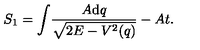
S _ { 1 } = \int \! \frac { A \mathrm { d } q } { \sqrt { 2 E - V ^ { 2 } ( q ) } } - A t .